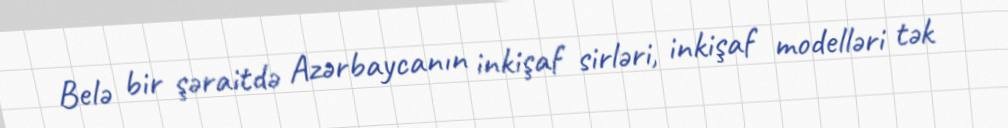
Belə bir şəraitdə Azərbaycanın inkişaf sirləri, inkişaf modelləri tək